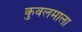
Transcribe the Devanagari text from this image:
कुवलमाला